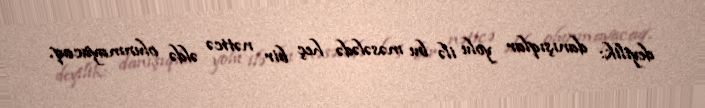
deyilik: danışıqlar yolu ilə bu məsələdə heç bir nəticə əldə olunmayacaq.